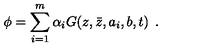
\phi = \sum _ { i = 1 } ^ { m } { \alpha _ { i } } G ( z , \bar { z } , a _ { i } , b , t ) \: \: .